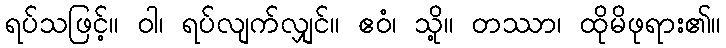
ရပ်သဖြင့်။ ဝါ၊ ရပ်လျက်လျှင်။ ဧဝံ၊ သို့။ တဿာ၊ ထိုမိဖုရား၏။